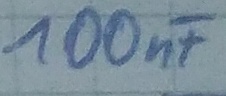
Text: 100nF